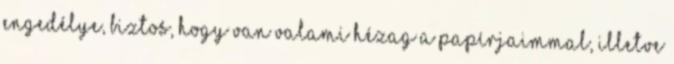
engedélye, biztos, hogy van valami hézag a papírjaimmal, illetve